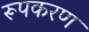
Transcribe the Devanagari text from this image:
रूपकरण